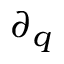
\partial _ { q }